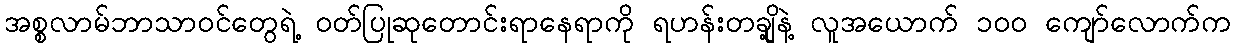
အစ္စလာမ်ဘာသာဝင်တွေရဲ့ ဝတ်ပြုဆုတောင်းရာနေရာကို ရဟန်းတချို့နဲ့ လူအယောက် ၁၀၀ ကျော်လောက်က